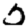
Digit: 2